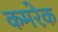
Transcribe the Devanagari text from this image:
कमरेक